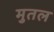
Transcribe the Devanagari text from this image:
मुतल